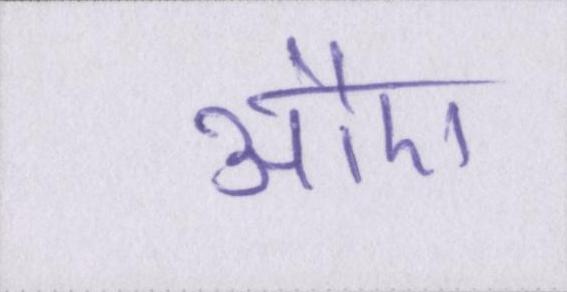
औए